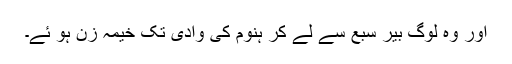
اور وہ لوگ بیر سبع سے لے کر ہنوم کی وادی تک خیمہ زن ہو ئے۔